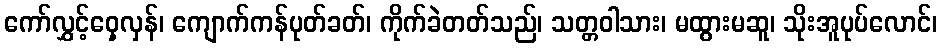
ကော်လွှင့်ဝှေ့လှန်၊ ကျောက်ကန်ပုတ်ခတ်၊ ကိုက်ခဲတတ်သည်၊ သတ္တဝါသား၊ မထွားမဆူ၊ သိုးအူပုပ်လောင်၊